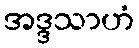
အဒ္ဒသာဟံ